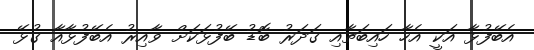
އެބޭފުޅާ އަކީ އެހާ ހައިބަތާއި ގަދަރު ބޮޑު ބޭފުޅަކަށް ވާއިރު އެބޭފުޅާއާ ގުޅޭ